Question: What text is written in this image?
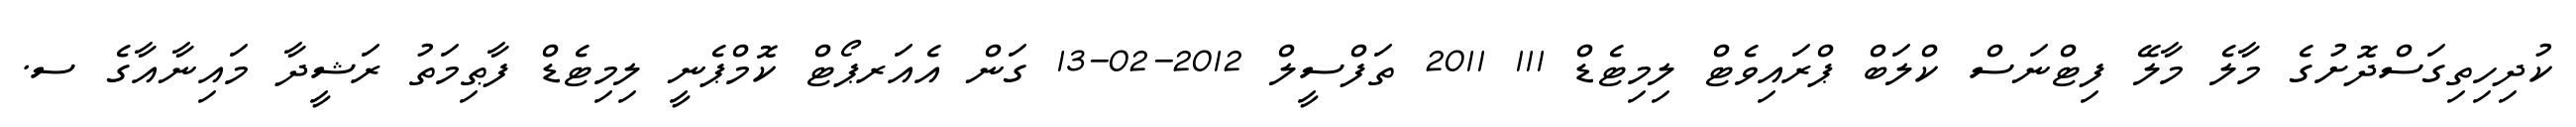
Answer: ކުދިހިތިގަސްދޮށުގެ މާލެ މާލޭ ފިޓްނަސް ކްލަބް ޕްރައިވެޓް ލިމިޓެޑް 111 2011 ތަފްސީލް 2012-02-13 ގަން އެއަރޕޯޓް ކޮމްޕެނީ ލިމިޓެޑް ފާޠިމަތު ރަޝީދާ މައިނާއާގެ ސ.